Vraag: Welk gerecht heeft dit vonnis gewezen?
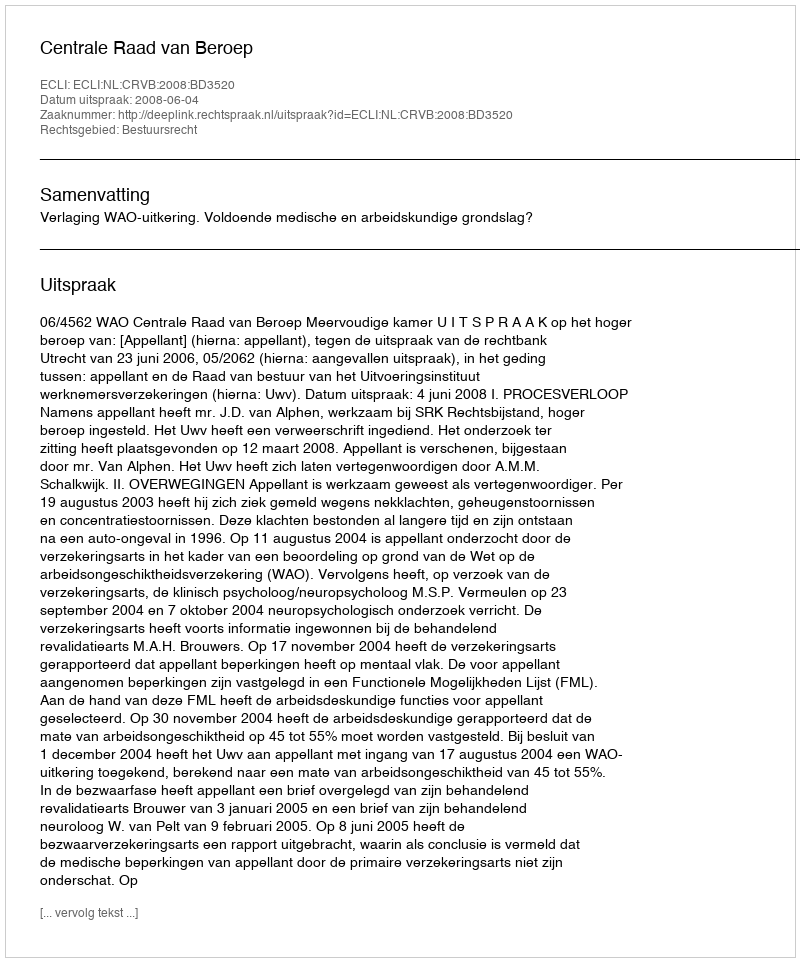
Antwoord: Centrale Raad van Beroep